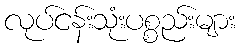
လုပ်ငန်းသုံးပစ္စည်းများ